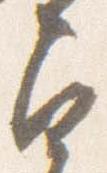
角